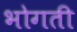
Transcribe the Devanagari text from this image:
भोगती